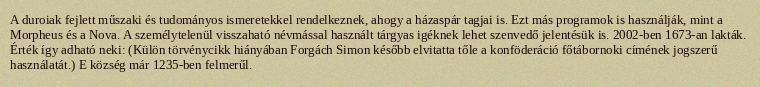
A duroiak fejlett műszaki és tudományos ismeretekkel rendelkeznek, ahogy a házaspár tagjai is. Ezt más programok is használják, mint a Morpheus és a Nova. A személytelenül visszaható névmással használt tárgyas igéknek lehet szenvedő jelentésük is. 2002-ben 1673-an lakták. Érték így adható neki: (Külön törvénycikk hiányában Forgách Simon később elvitatta tőle a konföderáció főtábornoki címének jogszerű használatát.) E község már 1235-ben felmerűl.